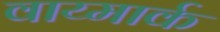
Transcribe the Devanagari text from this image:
वाय्मार्क